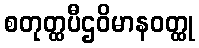
စတုတ္ထပီဌဝိမာနဝတ္ထု